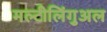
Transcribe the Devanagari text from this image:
मल्टीलिंगुअल